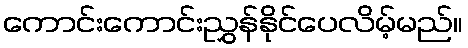
ကောင်းကောင်းညွှန်နိုင်ပေလိမ့်မည်။